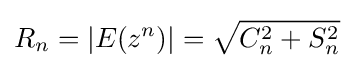
R_{n}=|E(z^{n})|={\sqrt {C_{n}^{2}+S_{n}^{2}}}